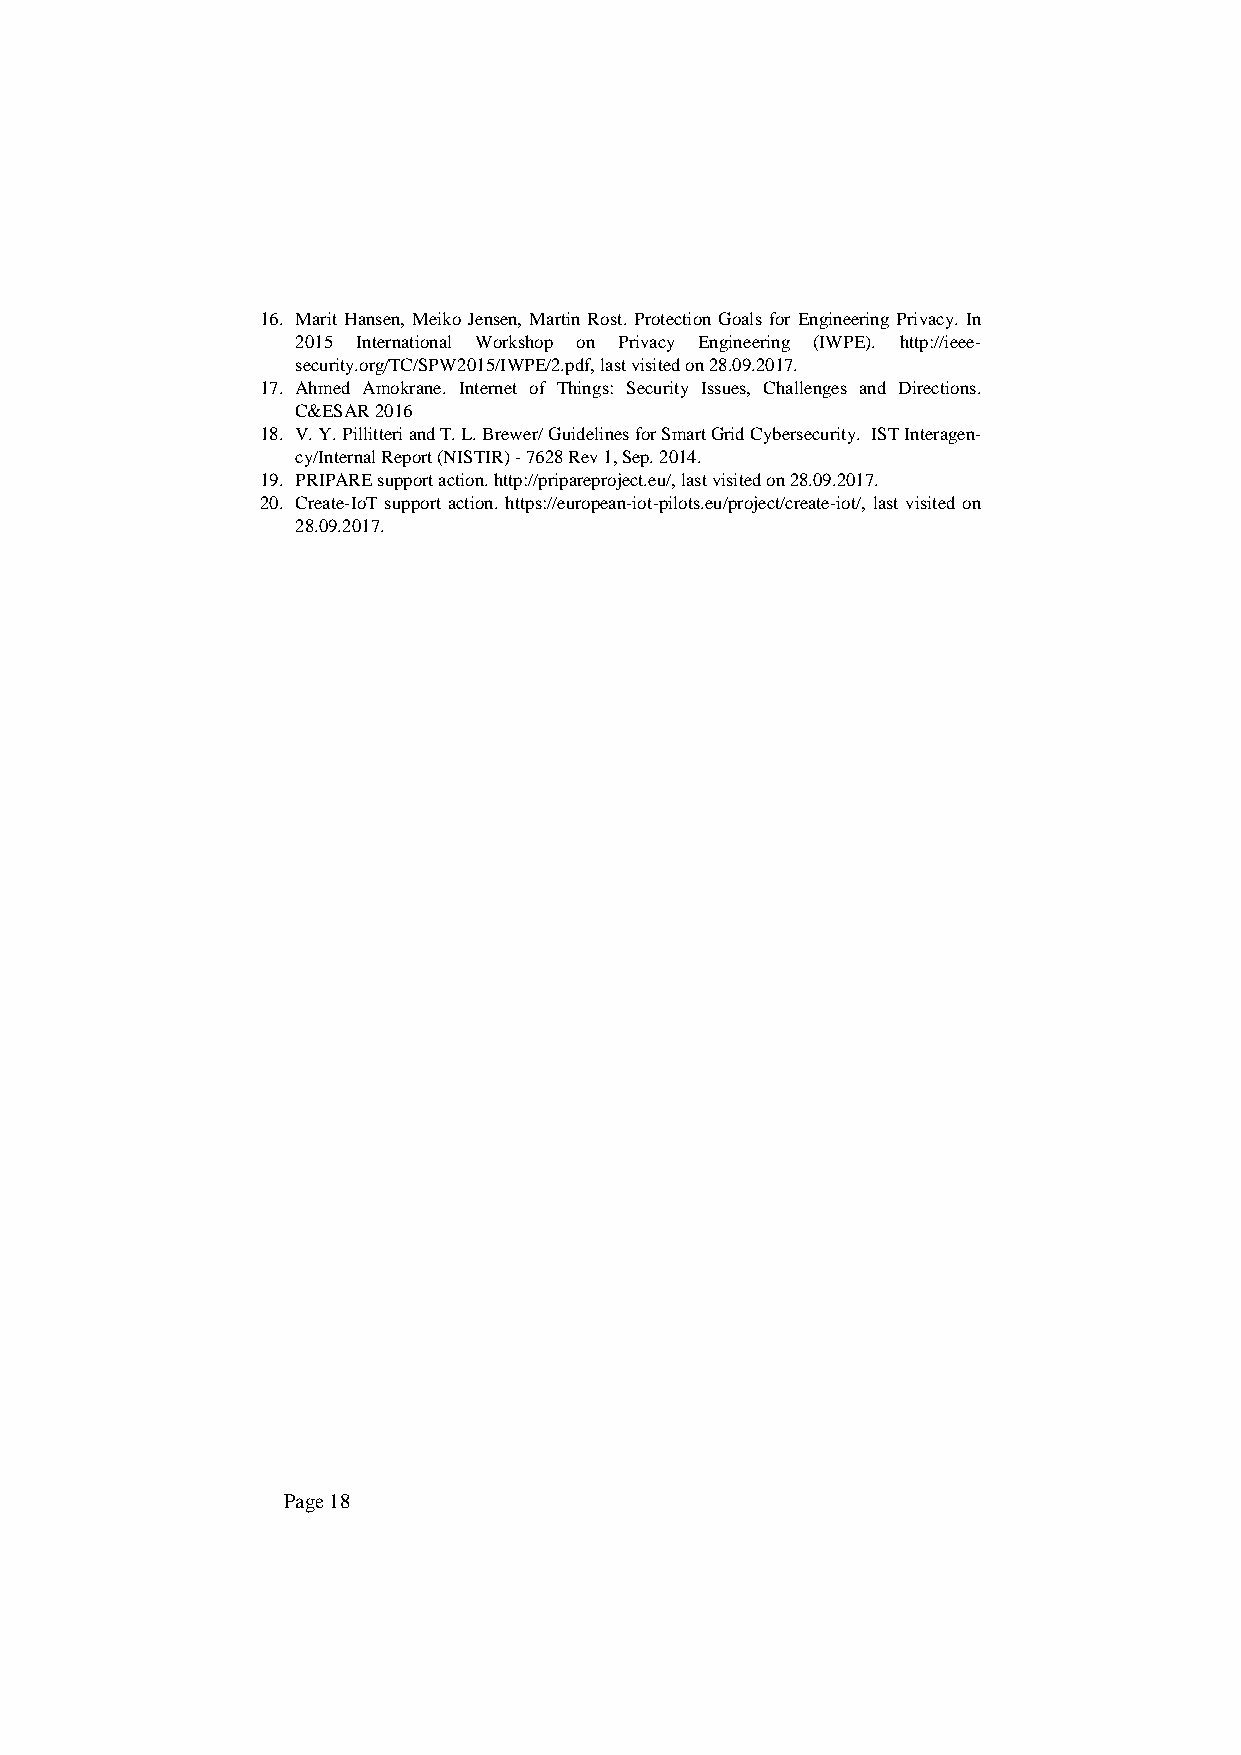
16. Marit Hansen, Meiko Jensen, Martin Rost. Protection Goals for Engineering Privacy. In
 2015 International Workshop on Privacy Engineering (IWPE). http://ieee-
 security.org/TC/SPW2015/IWPE/2.pdf, last visited on 28.09.2017.
 17. Ahmed Amokrane. Internet of Things: Security Issues, Challenges and Directions.
 C&ESAR 2016
 18. V. Y. Pillitteri and T. L. Brewer/ Guidelines for Smart Grid Cybersecurity. IST Interagen-
 cy/Internal Report (NISTIR) - 7628 Rev 1, Sep. 2014.
 19. PRIPARE support action. http://pripareproject.eu/, last visited on 28.09.2017.
 20. Create-IoT support action. https://european-iot-pilots.eu/project/create-iot/, last visited on
 28.09.2017.
 Page 18